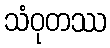
သံဝုတဿ